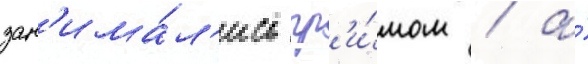
зан'има́л'ись гр'и́мом / а́